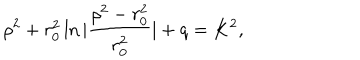
\rho ^ { 2 } + r _ { 0 } ^ { 2 } \ln | \frac { \rho ^ { 2 } - r _ { 0 } ^ { 2 } } { r _ { 0 } ^ { 2 } } | + q = K ^ { 2 } ,